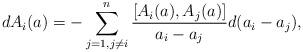
LaTeX: \begin{gather*}dA_i(a)=-\sum\limits_{j=1, j\neq i}^n \frac{[A_i(a), A_j(a)]}{a_i-a_j}d(a_i-a_j),\end{gather*}